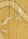
لم